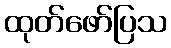
ထုတ်ဖော်ပြသ